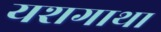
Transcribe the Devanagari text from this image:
यशगाथा